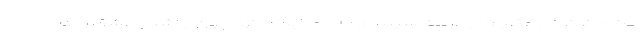
یک دگرگونی عظیم در عرصه سینمای ملی ما ایجاد کرد چون چاشنی عشق را به